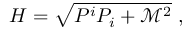
H = \sqrt { P ^ { i } P _ { i } + \mathcal { M } ^ { 2 } } \ ,